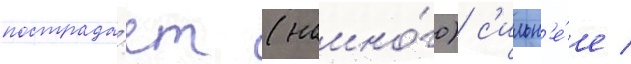
пострада́ет (намно́го) с'ильн'е́е /